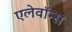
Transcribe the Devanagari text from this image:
एलेवॉन्स